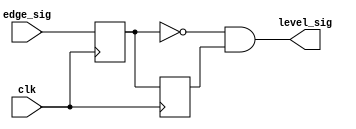
module oneshot (
    input clk,
    input [3:0] edge_sig,
    output [3:0] level_sig
);

reg [3:0] cur_value;
reg [3:0] last_value;

assign level_sig = ~cur_value & last_value;

always @(posedge clk) begin
    cur_value <= edge_sig;
    last_value <= cur_value;
end

endmodule